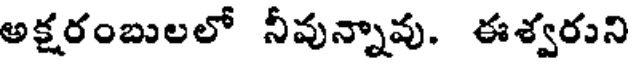
అక్షరంబులలో నీవున్నావు. ఈశ్వరుని